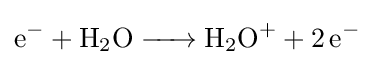
{\ce {e^- + H2O -> H2O+ + 2e^-}}